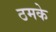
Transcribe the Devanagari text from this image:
ठमके